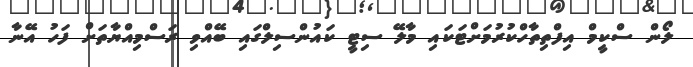
ލޯން ސްކީމް އިފްތިތާހްކުރުމަށްޓަކައި މާލޭ ސިޓީ ކައުންސިލްގައި ބޭއްވި ރަސްމިއްޔާތަށް ފަހު އޭނާ